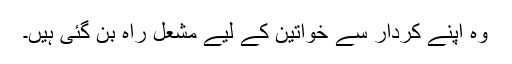
وہ اپنے کردار سے خواتین کے لیے مشعل راہ بن گئی ہیں۔